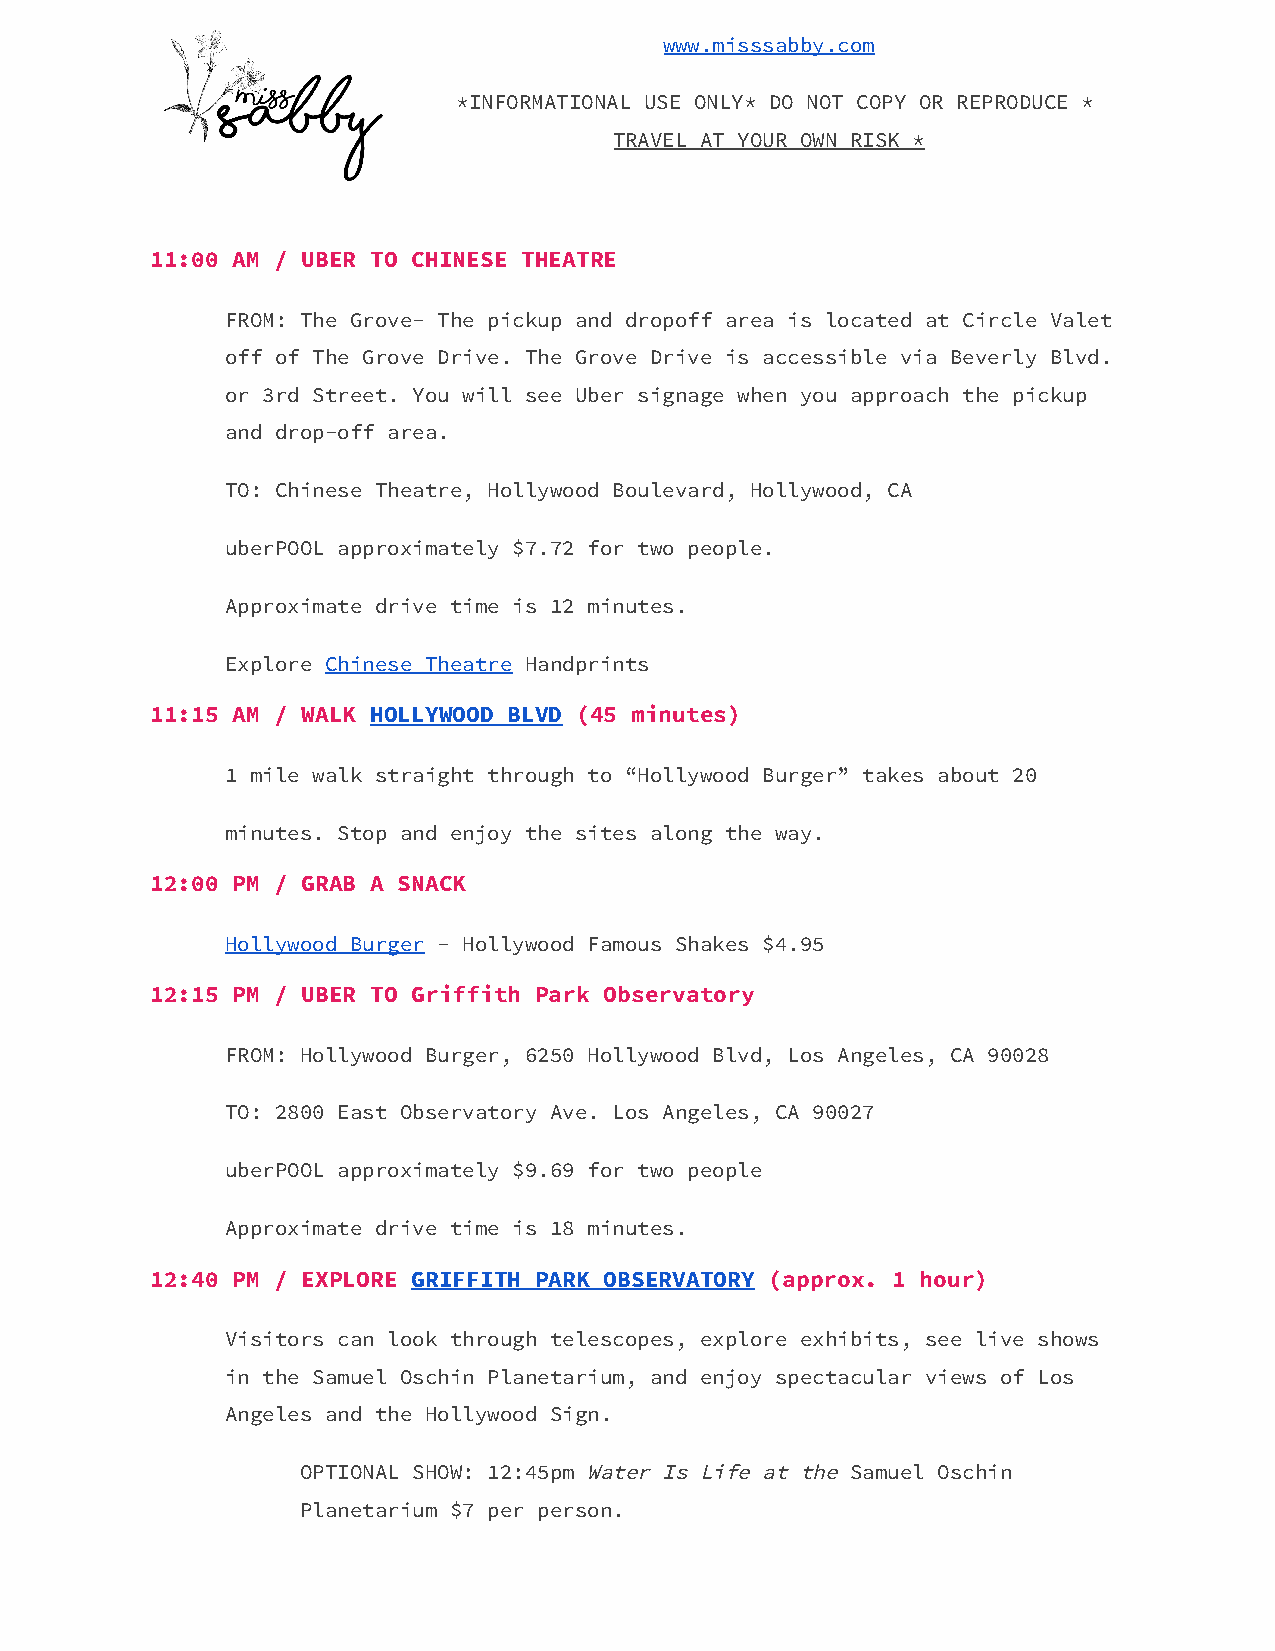
www.misssabby.com
 *INFORMATIONAL USE ONLY* DO NOT COPY OR REPRODUCE *
 TRAVEL AT YOUR OWN RISK *
 11:00 AM / UBER TO CHINESE THEATRE
 FROM: The Grove- The pickup and dropoff area is located at Circle Valet
 off of The Grove Drive. The Grove Drive is accessible via Beverly Blvd.
 or 3rd Street. You will see Uber signage when you approach the pickup
 and drop-off area.
 TO: Chinese Theatre, Hollywood Boulevard, Hollywood, CA
 uberPOOL approximately $7.72 for two people.
 Approximate drive time is 12 minutes.
 Explore Chinese Theatre Handprints
 ​           ​
 11:15 AM / WALK HOLLYWOOD BLVD (45 minutes)
 ​​           ​​
 1 mile walk straight through to “Hollywood Burger” takes about 20
 minutes. Stop and enjoy the sites along the way.
 12:00 PM / GRAB A SNACK
 Hollywood Burger - Hollywood Famous Shakes $4.95
 ​
 12:15 PM / UBER TO Griffith Park Observatory
 FROM: Hollywood Burger, 6250 Hollywood Blvd, Los Angeles, CA 90028
 TO: 2800 East Observatory Ave. Los Angeles, CA 90027
 uberPOOL approximately $9.69 for two people
 Approximate drive time is 18 minutes.
 12:40 PM / EXPLORE GRIFFITH PARK OBSERVATORY (approx. 1 hour)
 ​​                     ​​
 Visitors can look through telescopes, explore exhibits, see live shows
 in the Samuel Oschin Planetarium, and enjoy spectacular views of Los
 Angeles and the Hollywood Sign.
 OPTIONAL SHOW: 12:45pm Water Is Life at the Samuel Oschin
 ​                ​
 Planetarium $7 per person.